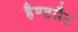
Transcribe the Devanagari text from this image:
हैण्डसैट